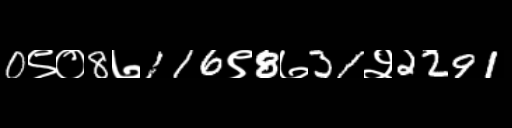
Text: 0९०8७116९8७31२2291